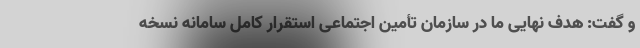
و گفت: هدف نهایی ما در سازمان تأمین اجتماعی استقرار کامل سامانه نسخه